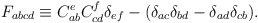
\begin{align*}F_{abcd}\equiv C_{ab}^eC_{cd}^f\delta _{ef}-(\delta _{ac}\delta _{bd}-\delta_{ad}\delta _{cb}). \end{align*}